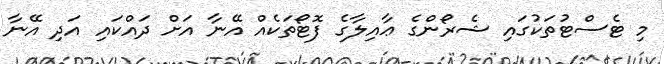
މި ޓެސްޓުތަކުގައި ޝެރޯންގެ ޢާއިލާގެ ފޮޓޯތަކެއް އޭނާ އަށް ދައްކައި އަދި އޭނާ